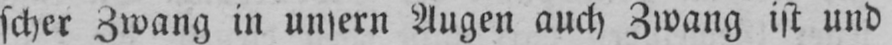
scher Zwang in unsern Augen auch Zwang ist und